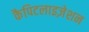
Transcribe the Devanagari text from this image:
कैपिटलाइज़ेशन